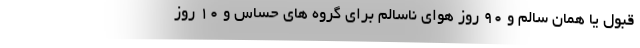
قبول یا همان سالم و ۹۰ روز هوای ناسالم برای گروه های حساس و ۱۰ روز